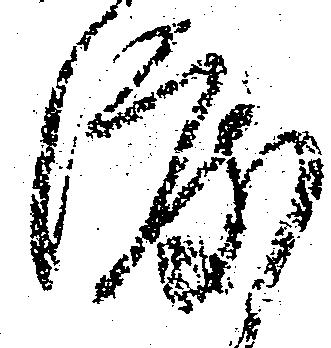
渡